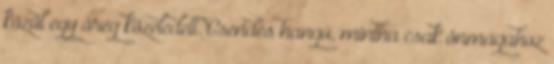
közül egy öreg közeledett. Csendes hangú, mintha csak önmagához